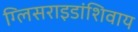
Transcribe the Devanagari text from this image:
ग्लिसराइडांशिवाय